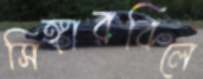
সিঙ্গারবিলে